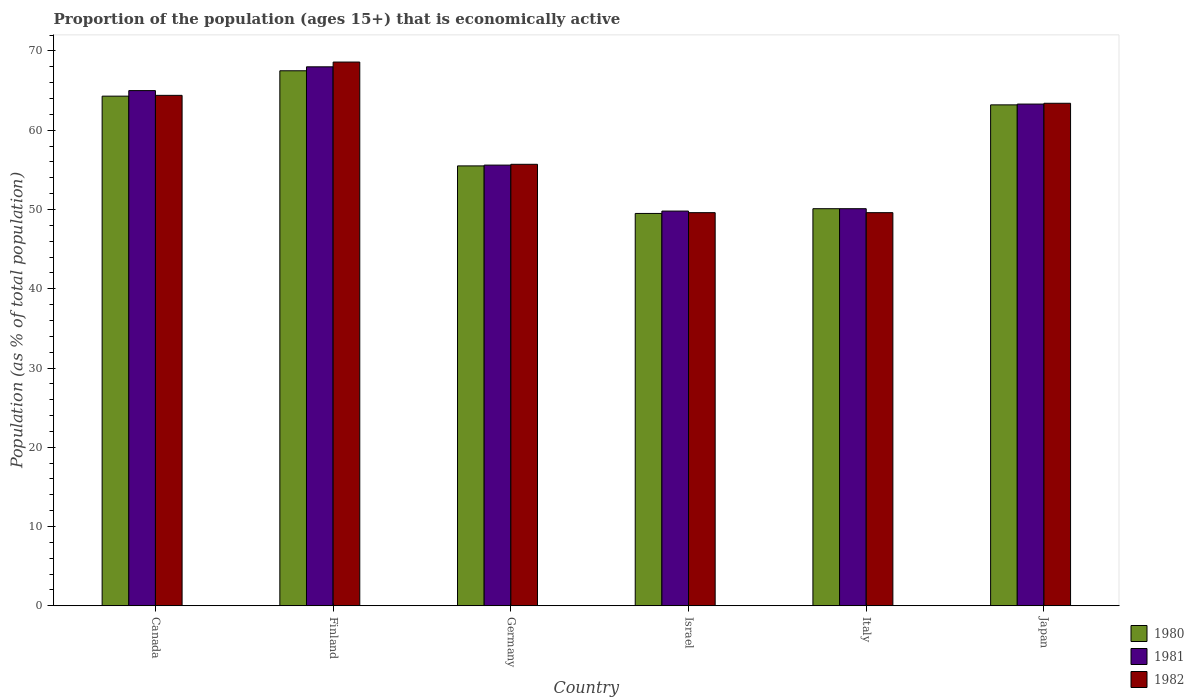
| Country | 1980 | 1981 | 1982 |
 | --- | --- | --- | --- |
 | Canada | 64.3 | 65 | 64.4 |
 | Finland | 67.5 | 68 | 68.6 |
 | Germany | 55.5 | 55.6 | 55.7 |
 | Israel | 49.5 | 49.8 | 49.6 |
 | Italy | 50.1 | 50.1 | 49.6 |
 | Japan | 63.2 | 63.3 | 63.4 |